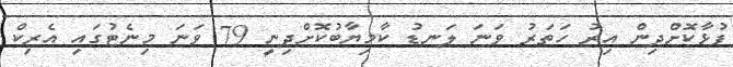
ފުޅާކޮށްދިން އިރު ހަތަރު ވަނަ ލަނޑު ކާމިޔާބުކޮށްދިނީ 79 ވަނަ މިނެޓުގައި އެރިކް